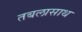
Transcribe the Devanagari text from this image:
तबलासाथ